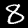
Label: 8